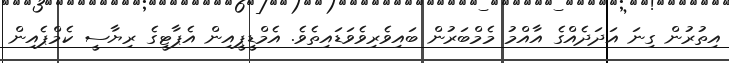
އިތުރުން ގިނަ އަދަދެއްގެ އާއްމު މެމްބަރުން ބައިވެރިވެވަޑައިތެވެ. އެމްޑީޕީއިން އެޕާޓީގެ ރިޔާސީ ކެމްޕެއިން